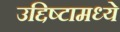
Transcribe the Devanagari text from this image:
उद्दिष्टामध्ये